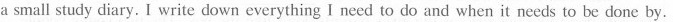
a small study diary. I write down everything I need to do and when it needs to be done by.